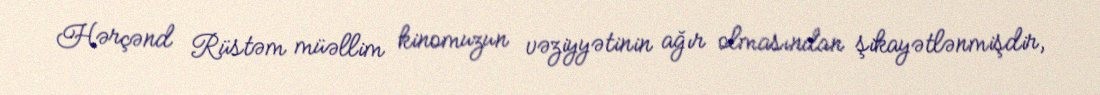
Hərçənd Rüstəm müəllim kinomuzun vəziyyətinin ağır olmasından şikayətlənmişdir,